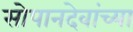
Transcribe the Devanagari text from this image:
सोपानदेवांच्या